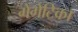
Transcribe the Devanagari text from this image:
गेंगेटिका